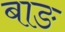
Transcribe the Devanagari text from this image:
बाङ